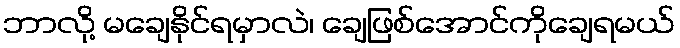
ဘာလို့ မချေနိုင်ရမှာလဲ၊ ချေဖြစ်အောင်ကိုချေရမယ်